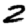
Digit: 2